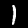
Digit: 1